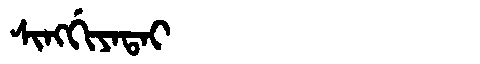
Manchu: ᠰᡳᠩᡤᡳᠶᠠᡨᠠᡳ
Romanization: SINGGIYATAI